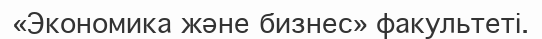
«Экономика және бизнес» факультеті.